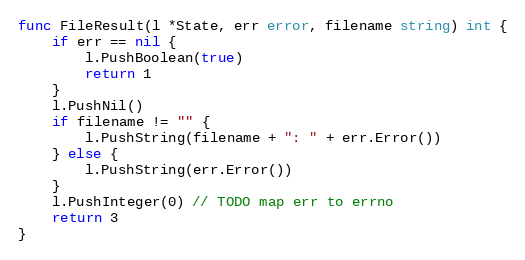
Language: Go
func FileResult(l *State, err error, filename string) int {
	if err == nil {
		l.PushBoolean(true)
		return 1
	}
	l.PushNil()
	if filename != "" {
		l.PushString(filename + ": " + err.Error())
	} else {
		l.PushString(err.Error())
	}
	l.PushInteger(0) // TODO map err to errno
	return 3
}